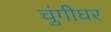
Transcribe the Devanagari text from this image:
चुंगीघर